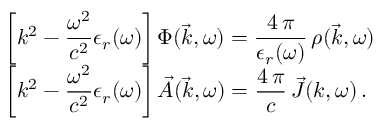
\begin{array} { l } { \displaystyle \left[ k ^ { 2 } - \frac { \omega ^ { 2 } } { c ^ { 2 } } \epsilon _ { r } ( \omega ) \right] \Phi ( \vec { k } , \omega ) = \frac { 4 \, \pi } { \epsilon _ { r } ( \omega ) } \, \rho ( \vec { k } , \omega ) } \\ { \displaystyle \left[ k ^ { 2 } - \frac { \omega ^ { 2 } } { c ^ { 2 } } \epsilon _ { r } ( \omega ) \right] \vec { A } ( \vec { k } , \omega ) = \frac { 4 \, \pi } { c } \, \vec { J } ( k , \omega ) \, . } \end{array}